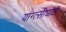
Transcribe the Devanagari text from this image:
यांग्त्सीघाटी